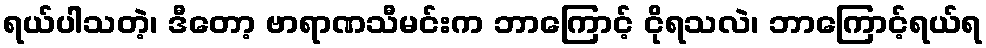
ရယ်ပါသတဲ့၊ ဒီတော့ ဗာရာဏသီမင်းက ဘာကြောင့် ငိုရသလဲ၊ ဘာကြောင့်ရယ်ရ